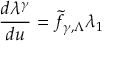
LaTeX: \frac { d \lambda ^ { \gamma } } { d u } = { \tilde { f } } _ { \gamma , \Lambda } \lambda _ { 1 }